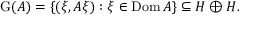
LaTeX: \operatorname { G } ( A ) = \{ ( \xi , A \xi ) : \xi \in \operatorname { D o m } A \} \subseteq H \oplus H .